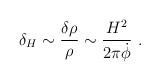
LaTeX: \begin{align*}\delta_H \sim \frac{\delta\rho}{\rho} \sim {H^2\over 2\pi\dot\phi} \ .\end{align*}